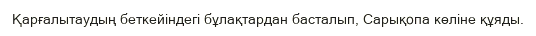
Қарғалытаудың беткейіндегі бұлақтардан басталып, Сарықопа көліне құяды.